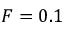
F = 0 . 1